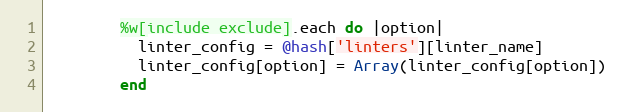
Language: Ruby
        %w[include exclude].each do |option|
          linter_config = @hash['linters'][linter_name]
          linter_config[option] = Array(linter_config[option])
        end